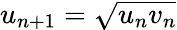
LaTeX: u_{n+1}=\sqrt{u_{n}v_{n}}